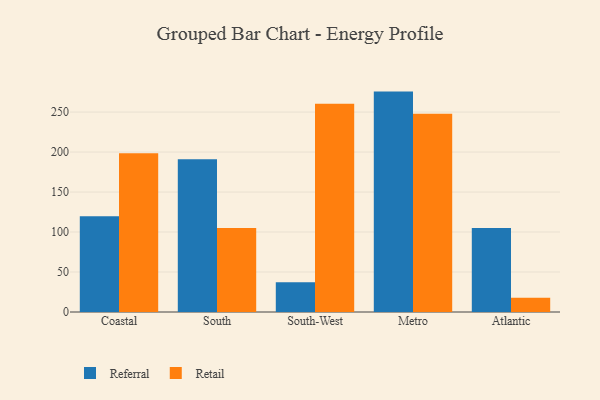
{"axis": {"x": "Region", "y": "Energy Usage (MWh)"}, "legend": ["Referral", "Retail"], "data": [{"x": "Coastal", "y": 119.8, "type": "Referral"}, {"x": "Coastal", "y": 198.6, "type": "Retail"}, {"x": "South", "y": 191.0, "type": "Referral"}, {"x": "South", "y": 105.0, "type": "Retail"}, {"x": "South-West", "y": 37.3, "type": "Referral"}, {"x": "South-West", "y": 260.4, "type": "Retail"}, {"x": "Metro", "y": 275.6, "type": "Referral"}, {"x": "Metro", "y": 247.9, "type": "Retail"}, {"x": "Atlantic", "y": 105.1, "type": "Referral"}, {"x": "Atlantic", "y": 17.9, "type": "Retail"}]}